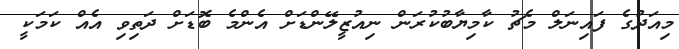
މިއަދުގެ ފައިނަލް މެޗު ކާމިޔާބުކުރަން ނިއުޒީލޭންޑަށް އެންމެ ބޮޑަށް ދަތިވި އެއް ކަމަކީ